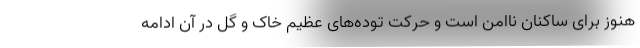
هنوز برای ساکنان ناامن است و حرکت توده‌های عظیم خاک و گل در آن ادامه